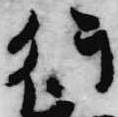
行